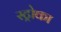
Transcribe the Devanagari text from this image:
स्ट्रोका